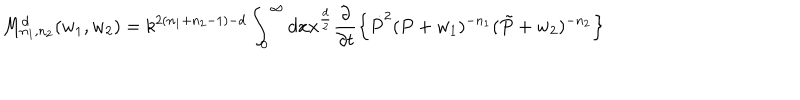
LaTeX: M _ { n _ { 1 } , n _ { 2 } } ^ { d } ( w _ { 1 } , w _ { 2 } ) = k ^ { 2 ( n _ { 1 } + n _ { 2 } - 1 ) - d } \int _ { 0 } ^ { \infty } d x x ^ { \frac { d } { 2 } } \frac { \partial } { \partial { t } } \left\{ \dot { P } ^ { 2 } ( P + w _ { 1 } ) ^ { - n _ { 1 } } ( \tilde { P } + w _ { 2 } ) ^ { - n _ { 2 } } \right\}